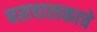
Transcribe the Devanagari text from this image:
बसचालकाचे